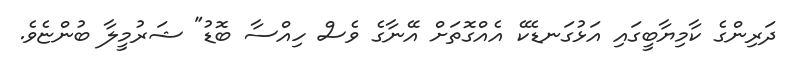
ދަރިންގެ ކާމިޔާބީގައި އަޅުގަނޑެކޭ އެއްގޮތަށް އޭނާގެ ވެސް ހިއްސާ ބޮޑު" ޝަރުމީލާ ބުންޏެވެ.